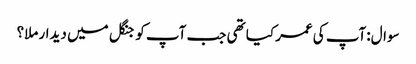
سوال:آپ کی عمر کیا تھی جب آپ کو جنگل میں دیدار ملا؟